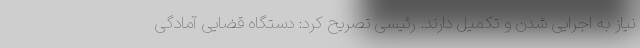
نیاز به اجرایی شدن و تکمیل دارند. رئیسی تصریح کرد: دستگاه قضایی آمادگی